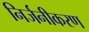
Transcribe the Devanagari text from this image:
निर्जनीकरण